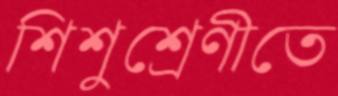
শিশুশ্রেণীতে